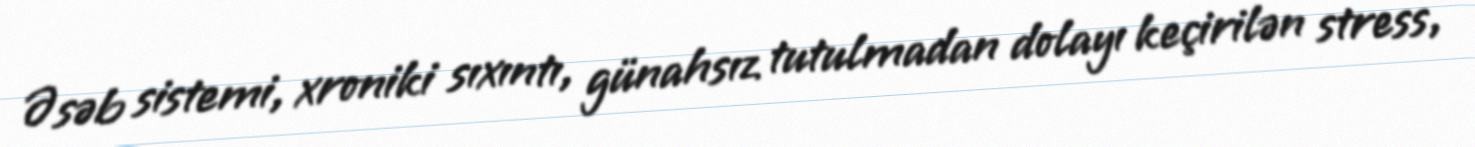
Əsəb sistemi, xroniki sıxıntı, günahsız tutulmadan dolayı keçirilən stress,